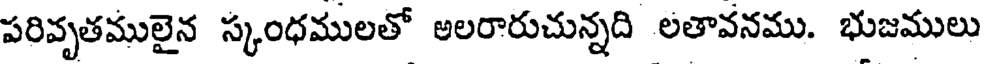
పరివృతములైన స్కంధములతో అలరారుచున్నది లతావనము. భుజములు